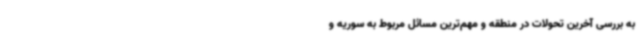
به بررسی آخرین تحولات در منطقه‌ و مهم‌ترین مسائل مربوط به سوریه و